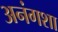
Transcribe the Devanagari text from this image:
अनंगशा